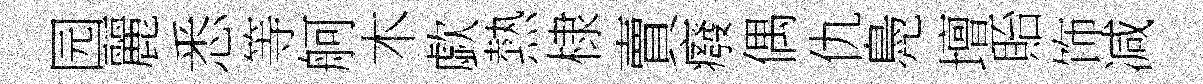
园麗悉等舸木歔熱棣賣癈偶仇鳧壇貽饰减